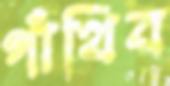
গাঁথিব